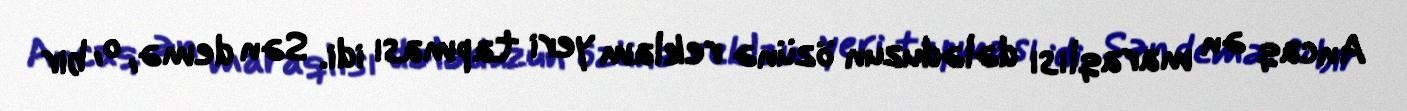
Ancaq ən maraqlısı dələduzun özünə reklam yeri tapması idi. Sən demə, o, bir